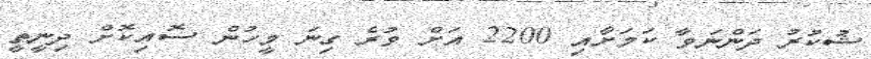
ޝުކުރު ދަންނަވާ ކަމަށާއި 2200 އަށް ވުރެ ގިނަ މީހުން ސޮއިކޮށް ދިނީތީ